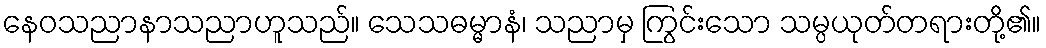
နေဝသညာနာသညာဟူသည်။ သေသဓမ္မာနံ၊ သညာမှ ကြွင်းသော သမ္ပယုတ်တရားတို့၏။